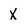
Character: X